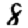
Digit: 8